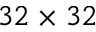
3 2 \times 3 2